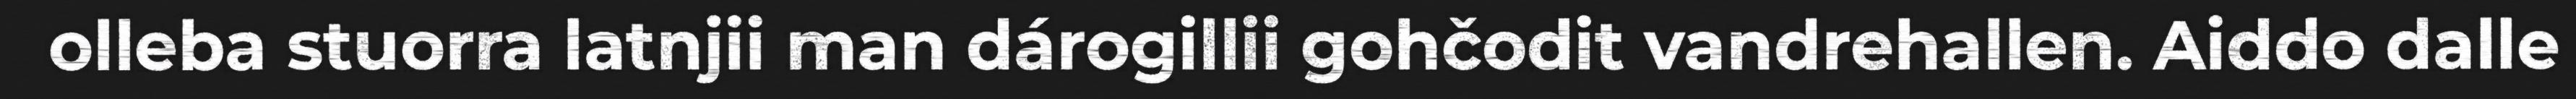
olleba stuorra latnjii man dárogillii gohčodit vandrehallen. Aiddo dalle